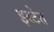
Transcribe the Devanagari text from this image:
इस्टेत